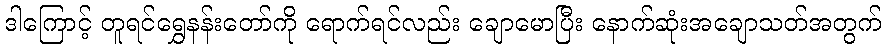
ဒါကြောင့် တူရင်ရွှေနန်းတော်ကို ရောက်ရင်လည်း ချောမောပြီး နောက်ဆုံးအချောသတ်အတွက်